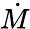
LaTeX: \dot{M}